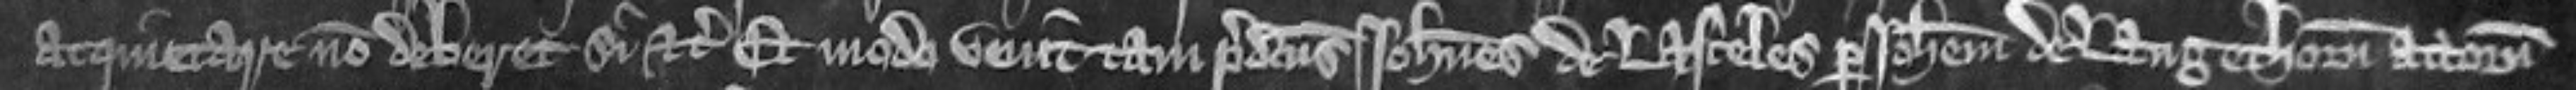
acquietare non deberet si etc Et modo venit tam predictus Johannes de Lasceles per Johannem de Langethorn attornatum